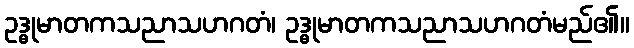
ဥဒ္ဓုမာတကသညာသဟဂတံ၊ ဥဒ္ဓုမာတကသညာသဟဂတံမည်၏။